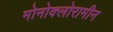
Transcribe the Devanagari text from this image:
मोनोक्लोरामीन